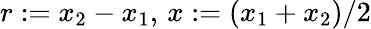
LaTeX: r:=x_{2}-x_{1},\, x:=(x_{1}+x_{2})/2